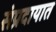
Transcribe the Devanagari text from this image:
संंप्रदायात